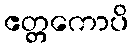
ဧတ္တကောပိ